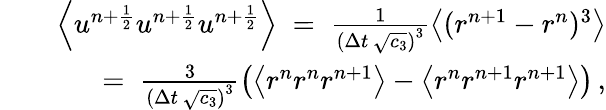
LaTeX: \begin{array}{rlr}&{}&{\left\langle u^{n+\frac{1}{2}}u^{n+\frac{1}{2}}u^{n+\frac{1}{2}}\right\rangle\; =\; \frac{1}{\left(\Delta{t}\, \sqrt{c_{3}}\right)^{3}}\left\langle(r^{n+1}-r^{n})^{3}\right\rangle}\\ &{}&{=\; \frac{3}{\left(\Delta{t}\, \sqrt{c_{3}}\right)^{3}}\left(\left\langle r^{n}r^{n}r^{n+1}\right\rangle-\left\langle r^{n}r^{n+1}r^{n+1}\right\rangle\right)\, ,}\end{array}